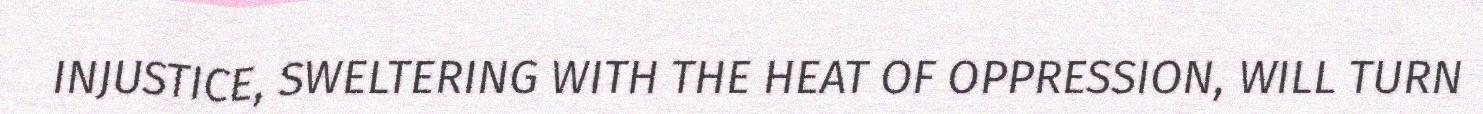
INJUSTICE, SWELTERING WITH THE HEAT OF OPPRESSION, WILL TURN